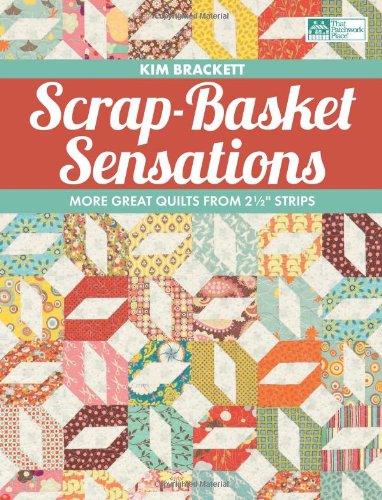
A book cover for Scrap-Basket Sensations: More Great Quilts from 2 1/2" Strips; Kim Brackett; Crafts, Hobbies & Home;